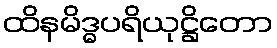
ထိနမိဒ္ဓပရိယုဋ္ဌိတော